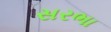
સરભા